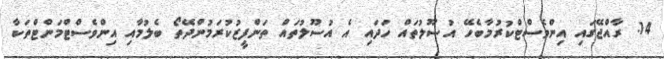
14. ރާއްޖޭގައި އިންވެސްޓްކުރުމާބެހޭ އުސޫލުތައް ހަދައި އެ އުސޫލުތައް ތަންފީޒުކުރަމުންދޭތޯ ބެލުމާއި އިންވެސްޓްމަންޓްތަކާ